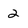
Character: 2